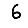
Digit: 6